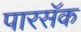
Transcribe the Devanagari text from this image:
पारसॅक